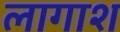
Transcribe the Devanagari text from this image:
लागाश